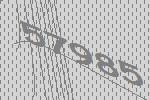
57985